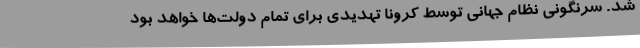
شد. سرنگونی نظام جهانی توسط کرونا تهدیدی برای تمام دولت‌ها خواهد بود